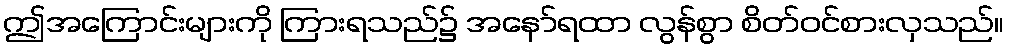
ဤအကြောင်းများကို ကြားရသည်၌ အနော်ရထာ လွန်စွာ စိတ်ဝင်စားလှသည်။